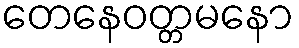
တေနေဝတ္တမနော